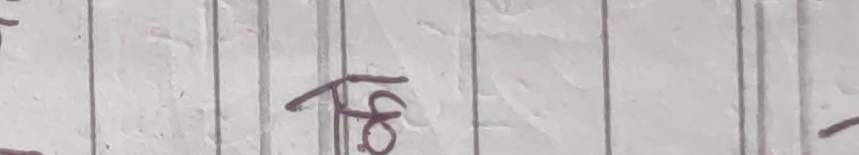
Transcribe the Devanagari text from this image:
४